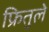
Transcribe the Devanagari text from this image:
फ्रितुले